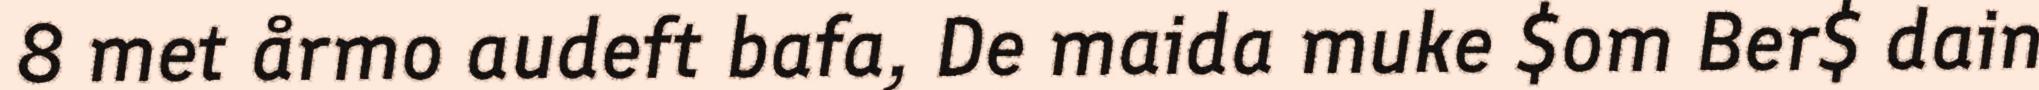
8 met årmo audeft bafa, De maida muke $om Ber$ dain